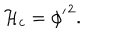
{ \cal { H } } _ { c } = { \phi ^ { \prime } } ^ { 2 } .